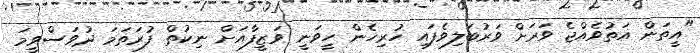
"އީތަން އަތުވެއްޖެ ވަރަށް ވަރުބަލިވެފައި ހުރިހެން ހީވަނީ ވަޒީފާއަށް ނިކުތް ފުރަތަމަ ދުވަސްވީމަ